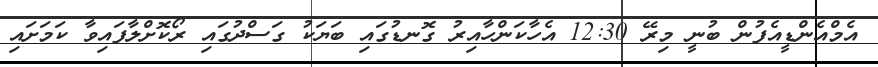
އެމްއެންޑީއެފުން ބުނީ މިރޭ 12:30 އެހާކަންހާއިރު ގޮނޑުގައި ބަޔަކު ގަސްދުގައި ރޯކޮށްލާފައިވާ ކަމަށައި